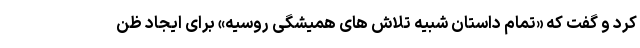
کرد و گفت که «تمام داستان شبیه تلاش های همیشگی روسیه» برای ایجاد ظن